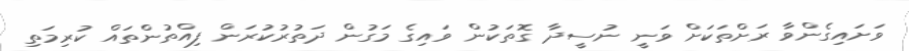
ވަށައިގެންވާ ރަށްތަކަށް ވަނީ ނުސީދާ ގޮތަކުން ވައިގެ މަގުން ދަތުރުކުރަން ފިއްތުންތައް ކުރިމަތި